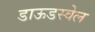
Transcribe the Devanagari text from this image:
डाऊडस्वेल